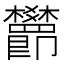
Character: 𬅖